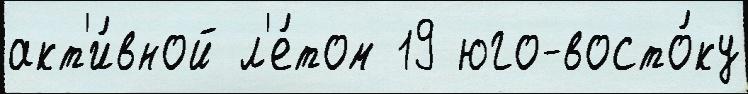
акт'и́вной л'е́том 19 юго-восто́ку